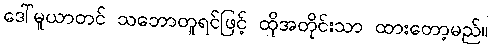
ဒေါ်မူယာတင် သဘောတူရင်ဖြင့် ထိုအတိုင်းသာ ထားတော့မည်။